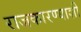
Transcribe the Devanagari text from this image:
राजकारण्याशी